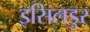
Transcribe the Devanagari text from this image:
इसिलडुर